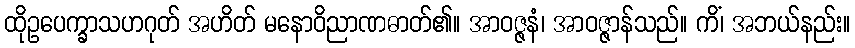
ထိုဥပေက္ခာသဟဂုတ် အဟိတ် မနောဝိညာဏဓာတ်၏။ အာဝဇ္ဇနံ၊ အာဝဇ္ဇာန်သည်။ ကိံ၊ အဘယ်နည်း။